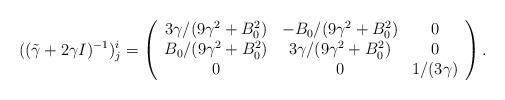
LaTeX: \begin{align*}((\tilde \gamma+2\gamma I)^{-1})^i_j=\left( \begin{array}{ccc}3\gamma/(9\gamma^2+B_0^2)&-B_0/(9\gamma^2+B_0^2)&0 \\B_0/(9\gamma^2+B_0^2)& 3\gamma/(9\gamma^2+B_0^2)&0\\0&0&1/(3\gamma) \end{array} \right).\end{align*}